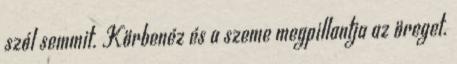
szól semmit. Körbenéz és a szeme megpillantja az öreget.